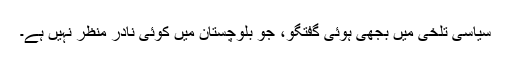
سیاسی تلخی میں بجھی ہوئی گفتگو، جو بلوچستان میں کوئی نادر منظر نہیں ہے۔